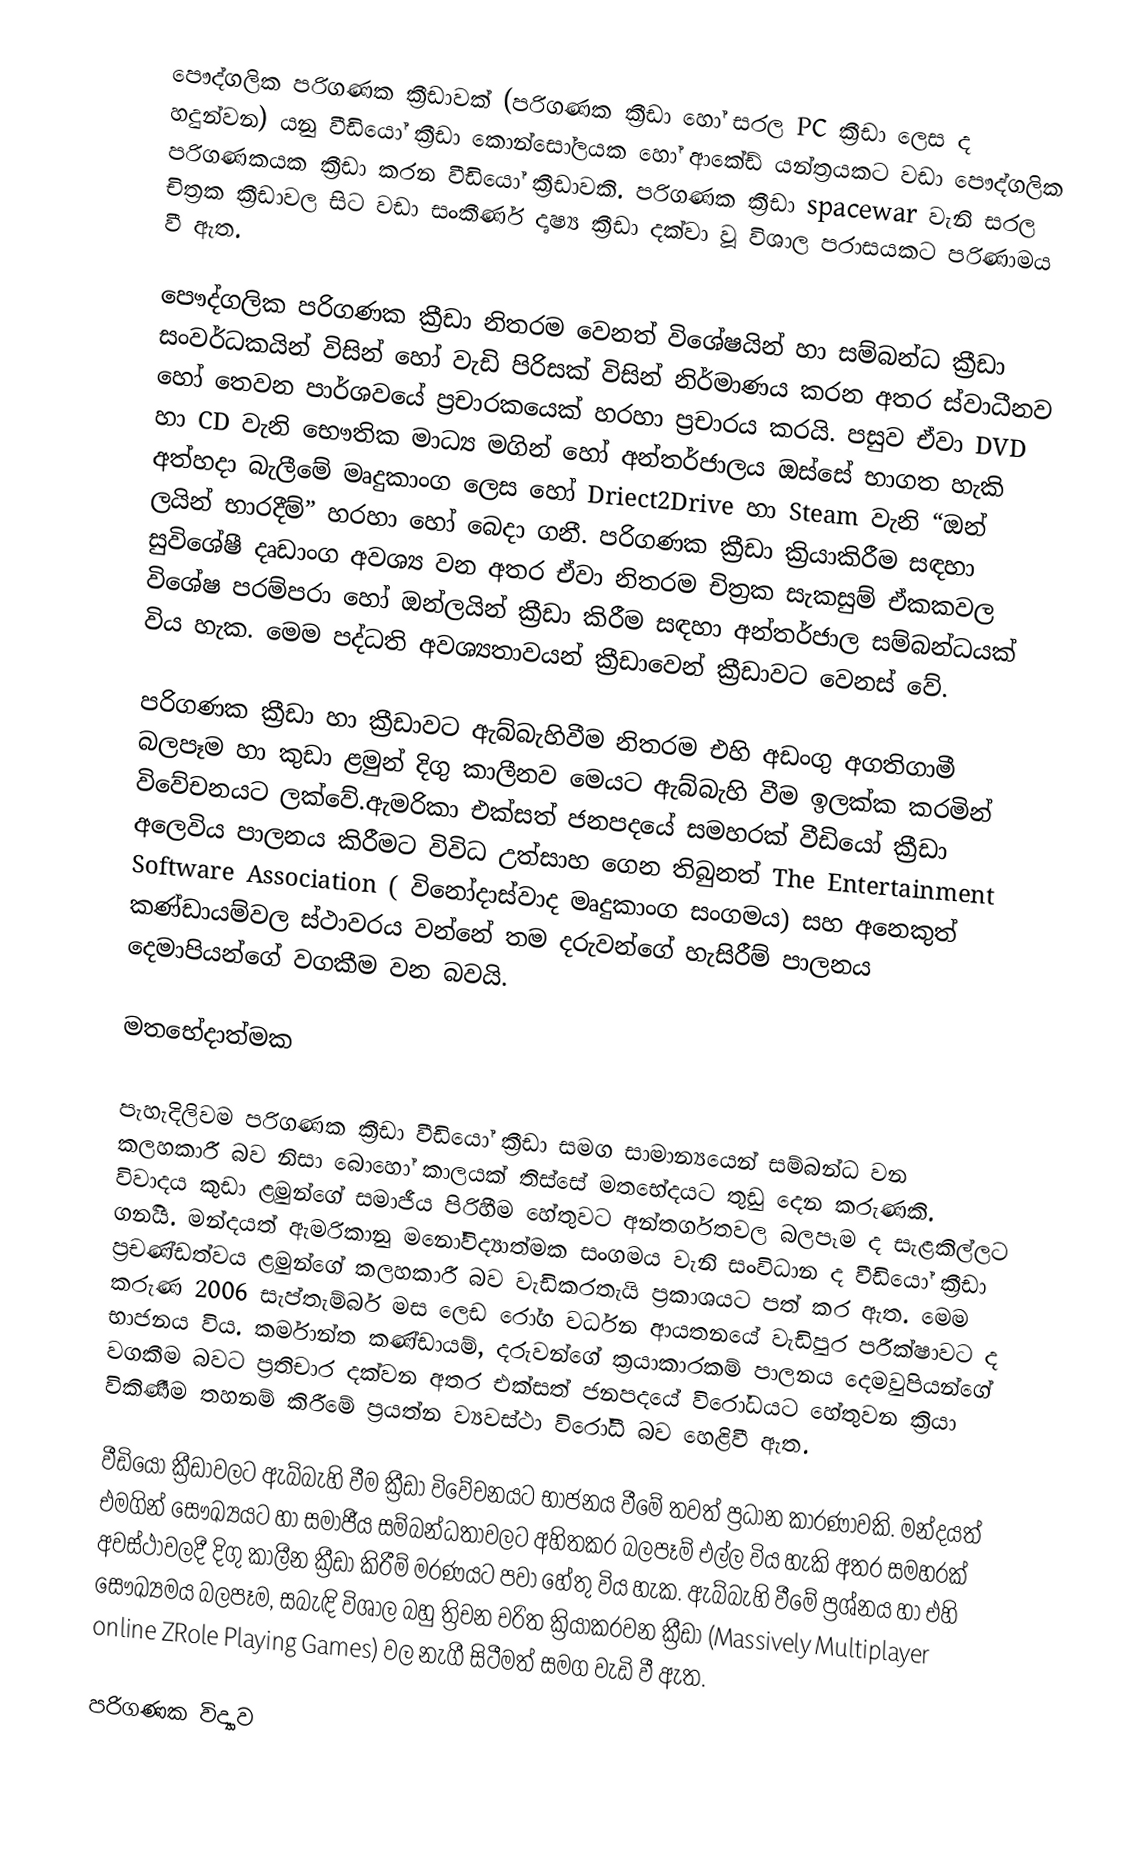
පෞද්ගලික පරිගණක ක්‍රීඩාවක් (පරිගණක ක්‍රීඩා හෝ සරල PC ක්‍රීඩා ලෙස ද හදුන්වන) යනු වීඩියෝ ක්‍රීඩා කොන්සෝලයක හෝ ආකේඩ් යන්ත්‍රයකට වඩා පෞද්ගලික පරිගණකයක ක්‍රීඩා කරන වීඩියෝ ක්‍රීඩාවකි. පරිගණක ක්‍රීඩා spacewar වැනි සරල චිත්‍රක ක්‍රීඩාවල සිට වඩා සංකීර්ණ දෘෂ්‍ය ක්‍රීඩා දක්වා වූ විශාල පරාසයකට පරිණාමය වී ඇත.

පෞද්ගලික පරිගණක ක්‍රීඩා නිතරම වෙනත් විශේෂයින් හා සම්බන්ධ ක්‍රීඩා සංවර්ධකයින් විසින් හෝ වැඩි පිරිසක් විසින් නිර්මාණය කරන අතර ස්වාධීනව හෝ තෙවන පාර්ශවයේ ප්‍රචාරකයෙක් හරහා ප්‍රචාරය කරයි. පසුව ඒවා DVD හා CD වැනි ‍භෞතික මාධ්‍ය මගින් හෝ අන්තර්ජාලය ඔස්සේ භාගත හැකි අත්හදා බැලීමේ මෘදුකාංග ලෙස හෝ Driect2Drive හා  Steam වැනි “ඔන් ලයින් භාරදීම්” හරහා හෝ බෙදා ගනී. පරිගණක ක්‍රීඩා ක්‍රියාකිරීම සඳහා සුවිශේෂී දෘඩාංග අවශ්‍ය වන අතර ඒවා නිතරම චිත්‍රක සැකසුම් ඒකකවල විශේෂ පරම්පරා හෝ ඔන්ලයින් ක්‍රීඩා කිරීම සඳහා අන්තර්ජාල සම්බන්ධ‍යක් විය හැක. මෙම පද්ධති අවශ්‍යතාවයන් ක්‍රීඩාවෙන් ක්‍රීඩාවට වෙනස් වේ.

පරිගණක ක්‍රීඩා හා ක්‍රීඩාවට ඇබ්බැහිවීම නිතරම එහි අඩංගු අගතිගාමී බලපෑම හා කුඩා ළමුන් දිගු කාලීනව මෙයට ඇබ්බැහි වීම ඉලක්ක කරමින් විවේචනයට ලක්වේ.ඇමරිකා එක්සත් ජනපදයේ සමහරක් වීඩියෝ ක්‍රීඩා අලෙවිය පාලනය කිරීමට විවිධ උත්සාහ ගෙන තිබුනත් The Entertainment Software Association ( විනෝදාස්වාද මෘදුකාංග සංගමය) සහ අනෙකුත් කණ්ඩායම්වල ස්ථාවරය වන්නේ තම දරුවන්ගේ හැසිරීම් පාලනය දෙමාපියන්ගේ වගකීම වන බවයි.

මතභේදාත්මක

පැහැදිලිවම පරිගණක ක්‍රීඩා වීඩියෝ ක්‍රීඩා සමග සාමාන්‍යයෙන් සම්බන්ධ වන කලහකාරී බව නිසා බොහෝ කාලයක් තිස්සේ මතභේදයට තුඩු දෙන කරුණකි. විවාදය කුඩා ළමුන්ගේ සමාජීය පිරිහීම හේතුවට අන්තර්ගතවල බලපෑම ද සැළකිල්ලට ගන‍‍ියි. මන්දයත් ඇමරිකානු මනෝවිද්‍යාත්මක සංගමය වැනි සංවිධාන ද වීඩියෝ ක්‍රීඩා ප්‍රචණ්ඩත්වය ළමුන්ගේ කලහකාරී බව වැඩිකරතැයි ප්‍රකාශයට පත් කර ඇත. මෙම කරුණ 2006 සැප්තැම්බර් මස ලෙඩ රෝග වර්ධන ආයතනයේ වැඩිපුර පරීක්ෂාවට ද භාජනය විය. කර්මාන්ත කණ්ඩායම්, දරුවන්ගේ ක්‍රයාකාරකම් පාලනය දෙමවුපියන්ගේ වගකීම බවට ප්‍රතිචාර දක්වන අතර එක්සත් ජනපදයේ විරෝධයට හේතුවන ක්‍රියා විකිණීම තහනම් කිරීමේ ප්‍රයත්න ව්‍යවස්ථා විරෝධී බව හෙළිවී ඇත.

වීඩියෝ ක්‍රීඩාවලට ඇබ්බැහි වීම ක්‍රීඩා විවේචනයට භාජනය වීමේ තවත් ප්‍රධාන කාරණාවකි. මන්දයත් එමගින් සෞඛ්‍යයට හා සමාජීය සම්බන්ධතාවලට අහිතකර බලපෑම් එල්ල විය හැකි අතර සමහරක් අවස්ථාවලදී දිගු කාලීන ක්‍රීඩා කිරීම් මරණයට පවා හේතු විය හැක. ඇබ්බැහි වීමේ ප්‍රශ්නය හා එහි සෞඛ්‍යමය බලපෑම, සබැඳි විශාල බහු ත්‍රිචන චරිත ක්‍රියාකරවන ක්‍රීඩා (Massively Multiplayer online ZRole Playing Games) වල නැගී සිටීමත් සමග වැඩි වී ඇත.

පරිගණක විද්‍යාව